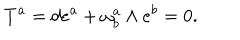
T ^ { a } = d e ^ { a } + \omega _ { b } ^ { a } \wedge e ^ { b } = 0 .